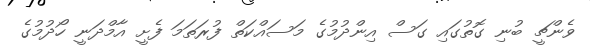
ވެންޗީ ބުނި ގޮތުގައި ގަސް އިންދުމުގެ މަސައްކަތް ފުރަތަމަ ފެށީ އާމްދަނީ ހޯދުމުގެ